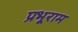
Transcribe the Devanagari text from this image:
प्रभूराम